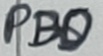
Text: PB0